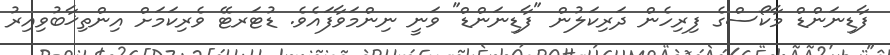
ފާޑިނަންޑް މާކޯސްގެ ފިރިހެން ދަރިކަލުން "ފާޑިނަންޑް" ވަނީ ނިންމަވާފައެވެ. ޑުޓަރޓޭ ވެރިކަމަށް އިންތިޚާބުވިއިރު